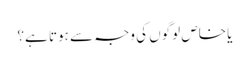
یا خاص لوگوں کی وجہ سے ہوتا ہے؟